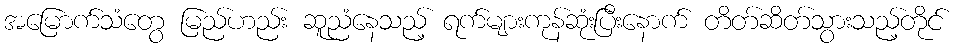
အမြောက်သံတွေ မြည်ဟည်း ဆူညံနေသည့် ရက်များကုန်ဆုံးပြီးနောက် တိတ်ဆိတ်သွားသည့်တိုင်